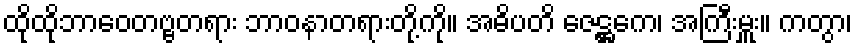
ထိုထိုဘာဝေတဗ္ဗတရား ဘာဝနာတရားတို့ကို။ အဓိပတိ ဇေဋ္ဌကေ၊ အကြီးမှူး။ ကတွာ၊